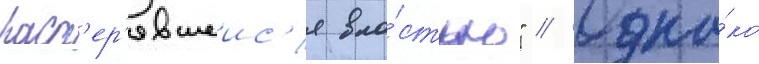
раст'ер'явшеис'я вла́стью" // Одна́ко